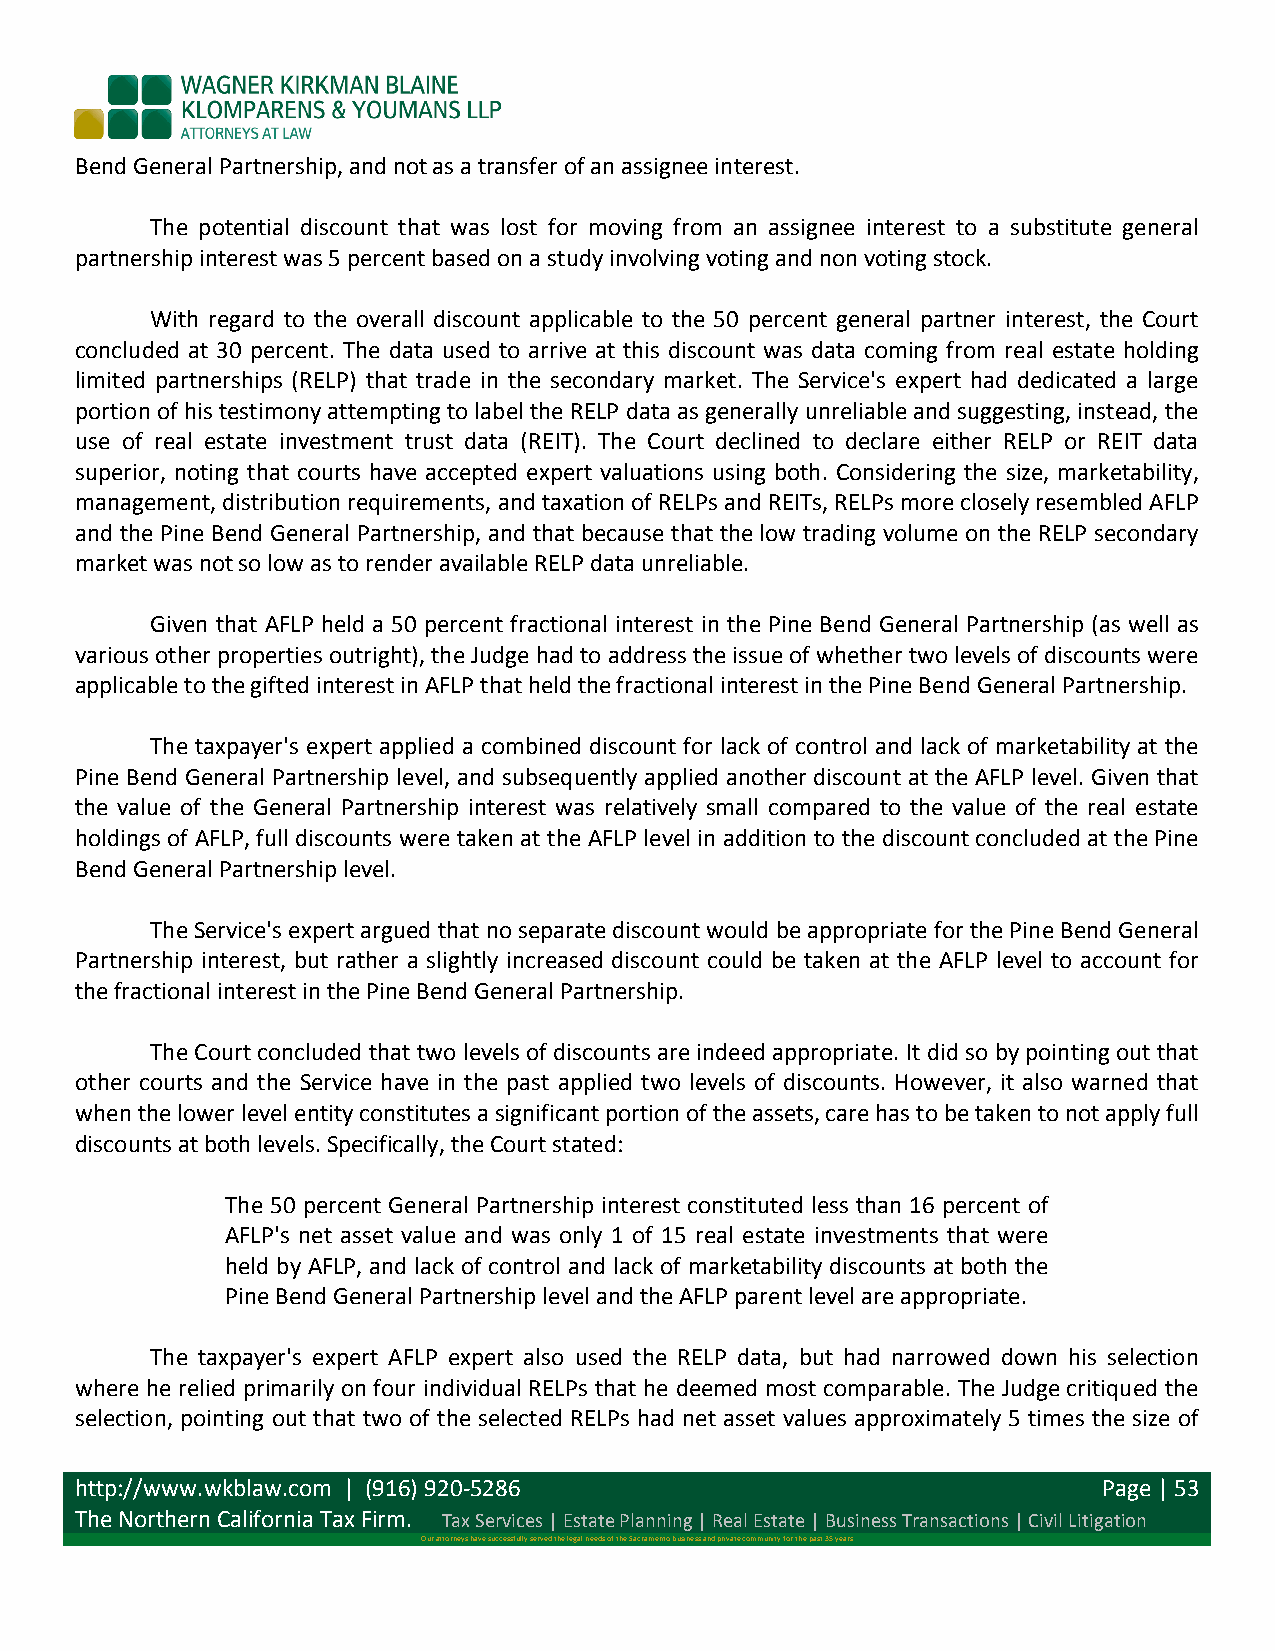
Bend General Partnership, and not as a transfer of an assignee interest.
 The potential discount that was lost for moving from an assignee interest to a substitute general
 partnership interest was 5 percent based on a study involving voting and non voting stock.
 With regard to the overall discount applicable to the 50 percent general partner interest, the Court
 concluded at 30 percent. The data used to arrive at this discount was data coming from real estate holding
 limited partnerships (RELP) that trade in the secondary market. The Service's expert had dedicated a large
 portion of his testimony attempting to label the RELP data as generally unreliable and suggesting, instead, the
 use of real estate investment trust data (REIT). The Court declined to declare either RELP or REIT data
 superior, noting that courts have accepted expert valuations using both. Considering the size, marketability,
 management, distribution requirements, and taxation of RELPs and REITs, RELPs more closely resembled AFLP
 and the Pine Bend General Partnership, and that because that the low trading volume on the RELP secondary
 market was not so low as to render available RELP data unreliable.
 Given that AFLP held a 50 percent fractional interest in the Pine Bend General Partnership (as well as
 various other properties outright), the Judge had to address the issue of whether two levels of discounts were
 applicable to the gifted interest in AFLP that held the fractional interest in the Pine Bend General Partnership.
 The taxpayer's expert applied a combined discount for lack of control and lack of marketability at the
 Pine Bend General Partnership level, and subsequently applied another discount at the AFLP level. Given that
 the value of the General Partnership interest was relatively small compared to the value of the real estate
 holdings of AFLP, full discounts were taken at the AFLP level in addition to the discount concluded at the Pine
 Bend General Partnership level.
 The Service's expert argued that no separate discount would be appropriate for the Pine Bend General
 Partnership interest, but rather a slightly increased discount could be taken at the AFLP level to account for
 the fractional interest in the Pine Bend General Partnership.
 The Court concluded that two levels of discounts are indeed appropriate. It did so by pointing out that
 other courts and the Service have in the past applied two levels of discounts. However, it also warned that
 when the lower level entity constitutes a significant portion of the assets, care has to be taken to not apply full
 discounts at both levels. Specifically, the Court stated:
 The 50 percent General Partnership interest constituted less than 16 percent of
 AFLP's net asset value and was only 1 of 15 real estate investments that were
 held by AFLP, and lack of control and lack of marketability discounts at both the
 Pine Bend General Partnership level and the AFLP parent level are appropriate.
 The taxpayer's expert AFLP expert also used the RELP data, but had narrowed down his selection
 where he relied primarily on four individual RELPs that he deemed most comparable. The Judge critiqued the
 selection, pointing out that two of the selected RELPs had net asset values approximately 5 times the size of
 http://www.wkblaw.com | (916) 920-­‐5286                            Page | 53
 The Northern California Tax Firm. Tax Services | Estate Planning | Real Estate | Business Transactions | Civil Litigation
 Our attorneys have successfully served the legal needs of the Sacramento business and private community for the past 35 years